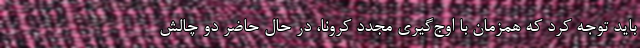
باید توجه کرد که همزمان با اوج‌گیری مجدد کرونا، در حال حاضر دو چالش